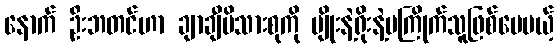
နောက် ဦးဘတင်ဟာ ချာချီမိသားစုကို မျိုးနဲ့ရိုးနဲ့မကြိုက်သူဖြစ်ပေမယ့်